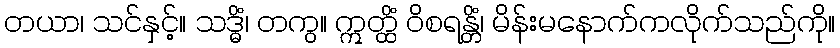
တယာ၊ သင်နှင့်။ သဒ္ဓိံ၊ တကွ။ ဣတ္ထိံ ဝိစရန္တိံ၊ မိန်းမနောက်ကလိုက်သည်ကို။